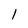
Character: 1